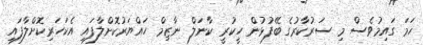
ހަމަ ގައިމުވެސް މި ސަރުކާރުގެ ބޭފުޅުން ހީކުރީ ކާނަލް ނާޒިމް ހައްޔަރުކޮށްލާފައި އެކަހަރިކޮށްލާފައި